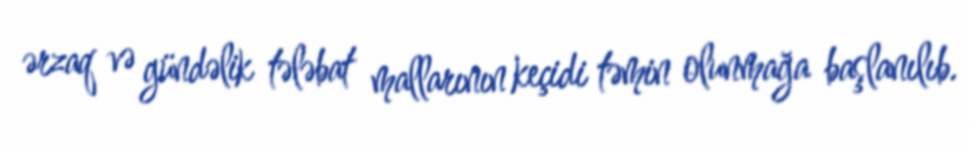
ərzaq və gündəlik tələbat mallarının keçidi təmin olunmağa başlanılıb.